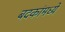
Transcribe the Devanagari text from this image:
बदकांमध्ये